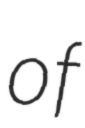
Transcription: of